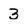
Character: 3